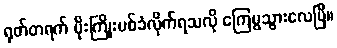
ရုတ်တရက် မိုးကြိုးပစ်ခံလိုက်ရသလို ကြေမွသွားလေပြီ။